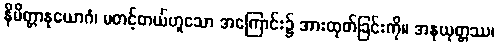
နိမိတ္တာနုယောဂံ၊ မတင့်တယ်ဟူသော အကြောင်း၌ အားထုတ်ခြင်းကို။ အနုယုတ္တဿ၊